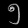
Digit: ၅